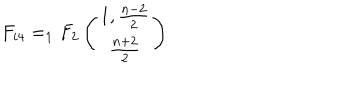
LaTeX: F _ { i 4 } = _ { 1 } F _ { 2 } \left( \begin{matrix} { { 1 , \frac { n - 2 } { 2 } } } \\ { { \frac { n + 2 } { 2 } } } \\ \end{matrix} \right)